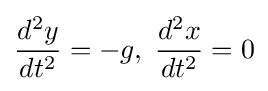
{\frac {d^{2}y}{dt^{2}}}=-g,\;{\frac {d^{2}x}{dt^{2}}}=0